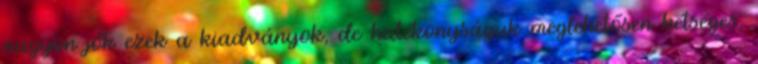
nagyon jók ezek a kiadványok, de hatékonyságuk meglehetősen kétséges,